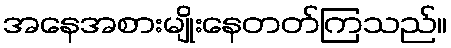
အနေအစားမျိုးနေတတ်ကြသည်။